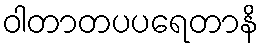
ဝါတာတပပရေတာနိ